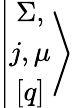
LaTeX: \left\vert\begin{array}{c}{{\Sigma,}}\\ {{j,\mu}}\\ {{\left[q\right]}}\end{array}\right>